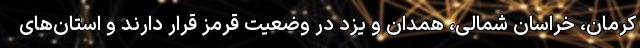
کرمان، خراسان شمالی، همدان و یزد در وضعیت قرمز قرار دارند و استان‌های